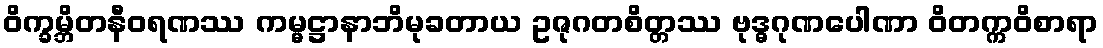
ဝိက္ခမ္ဘိတနီဝရဏဿ ကမ္မဋ္ဌာနာဘိမုခတာယ ဥဇုဂတစိတ္တဿ ဗုဒ္ဓဂုဏပေါဏာ ဝိတက္ကဝိစာရာ